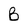
Character: B